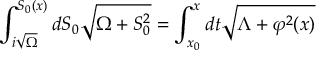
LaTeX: \int _ { i \sqrt \Omega } ^ { S _ { 0 } ( x ) } { d S _ { 0 } \sqrt { \Omega + S _ { 0 } ^ { 2 } } } = \int _ { x _ { 0 } } ^ { x } { d t \sqrt { \Lambda + \varphi ^ { 2 } ( x ) } }